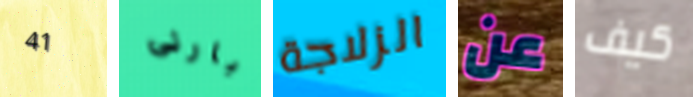
41 بارنى الزلاجة عن كيف